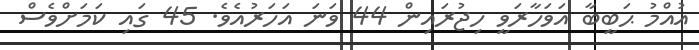
އުއްމު ޙަބީބާ އަވަހާރަވީ ހިޖުރައިން 44 ވަނަ އަހަރުއެވެ. 45 ގައި ކަމަށްވެސް